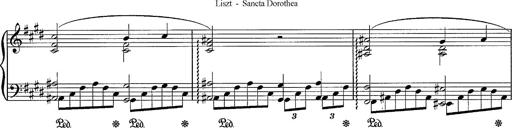
Title: Sancta Dorothea
Composer: Franz Liszt
Key: E major